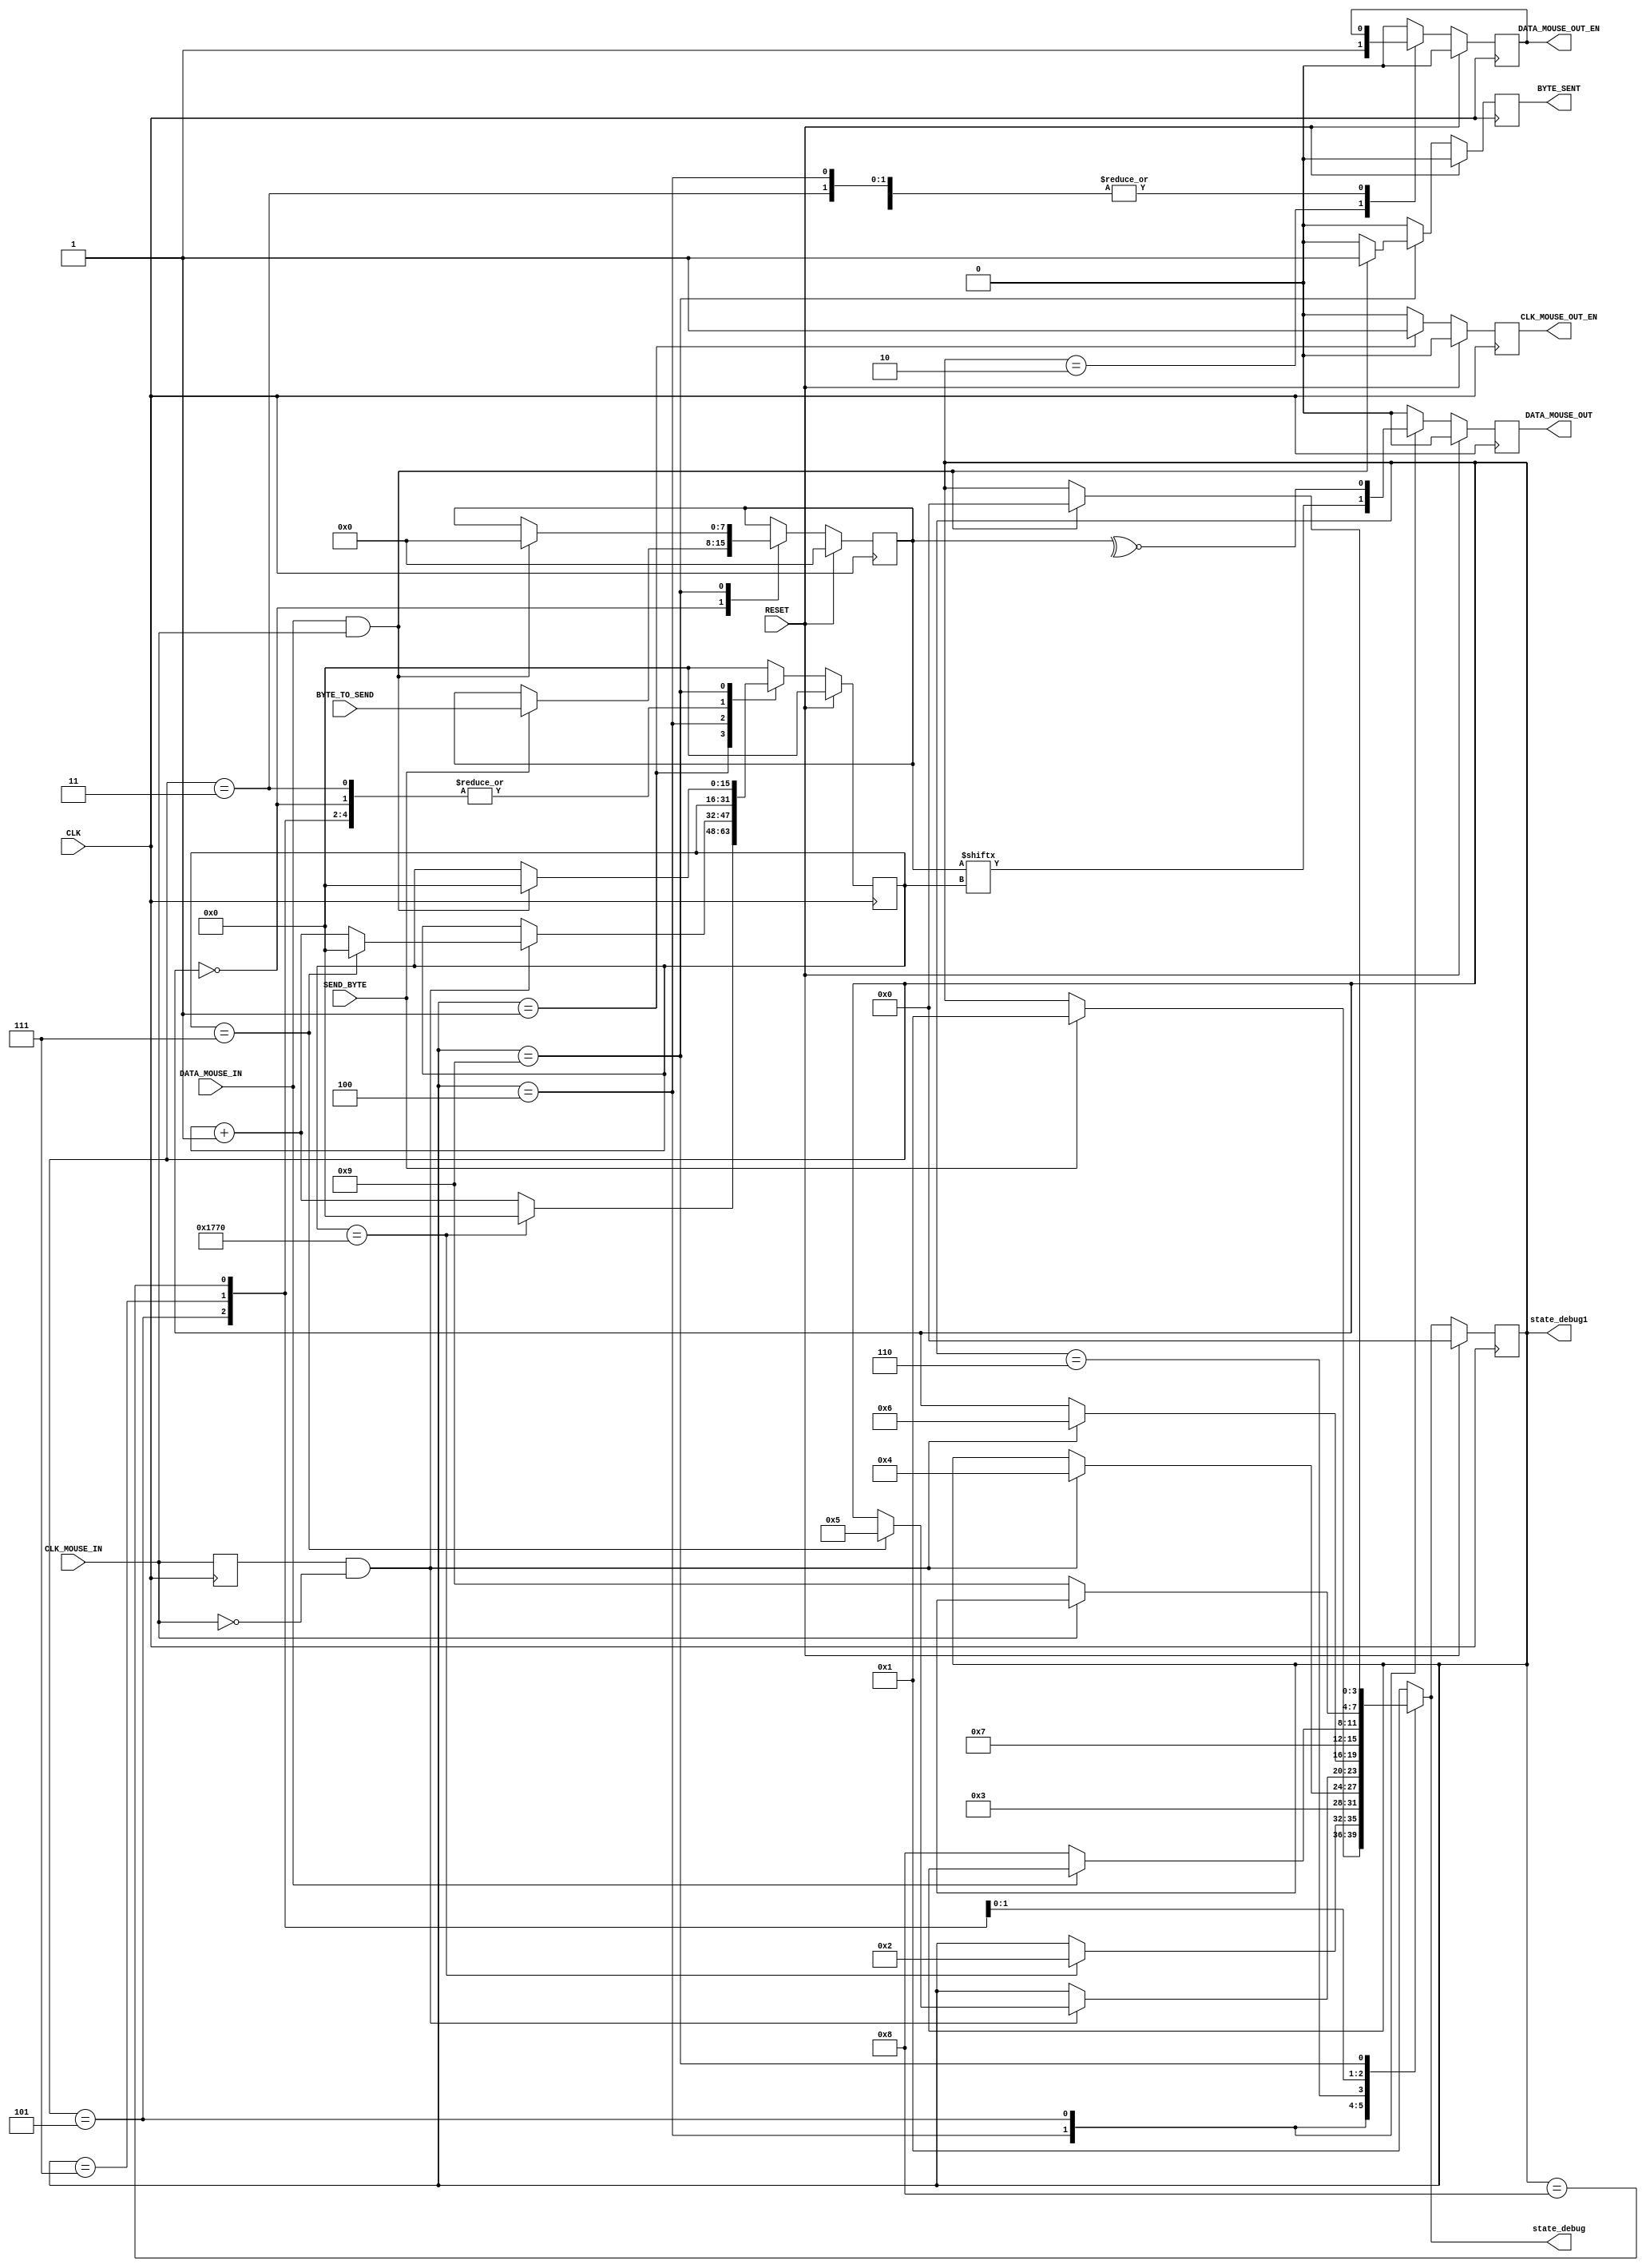
`timescale 1ns / 1ps

//////////////////////////////////////////////////////////////////////////////////
// Company: 
// Engineer: 
// 
// Design Name: 
// Module Name: MouseTransmitter
// Project Name: 
// Target Devices: 
// Tool Versions: 
// Description: 
// 
// Dependencies: 
// 
// Revision:
// Revision 0.01 - File Created
// Additional Comments:
// 
//////////////////////////////////////////////////////////////////////////////////

module MouseTransmitter(
    //Standard Inputs
    input RESET,
    input CLK,
    //Mouse IO - CLK
    input CLK_MOUSE_IN,
    output CLK_MOUSE_OUT_EN, // Allows for the control of the Clock line
    //Mouse IO - DATA
    input DATA_MOUSE_IN,
    output DATA_MOUSE_OUT,
    output DATA_MOUSE_OUT_EN,
    //Control
    input SEND_BYTE,
    input [7:0] BYTE_TO_SEND,
    output BYTE_SENT,
    output [3:0] state_debug,
    output [3:0] state_debug1
);
    
//////////////////////////////////////////////////////////
// Clk Mouse delayed to detect clock edges 
reg ClkMouseInDly;
always@(posedge CLK)
    ClkMouseInDly <= CLK_MOUSE_IN;
    
//////////////////////////////////////////////////////////
//Now a state machine to control the flow of write data
reg [3:0] Curr_State, Next_State;
reg Curr_MouseClkOutWE, Next_MouseClkOutWE;
reg Curr_MouseDataOut, Next_MouseDataOut;
reg Curr_MouseDataOutWE, Next_MouseDataOutWE;
reg [15:0] Curr_SendCounter, Next_SendCounter;
reg Curr_ByteSent, Next_ByteSent;
reg [7:0] Curr_ByteToSend, Next_ByteToSend;

//Sequential
always@(posedge CLK) begin
    if(RESET) begin
        Curr_State <= 4'h0;
        Curr_MouseClkOutWE <= 1'b0;
        Curr_MouseDataOut <= 1'b0;
        Curr_MouseDataOutWE <= 1'b0;
        Curr_SendCounter <= 0;
        Curr_ByteSent <= 1'b0;
        Curr_ByteToSend <= 0;
    end else begin
        Curr_State <= Next_State;
        Curr_MouseClkOutWE <= Next_MouseClkOutWE;
        Curr_MouseDataOut <= Next_MouseDataOut;
        Curr_MouseDataOutWE <= Next_MouseDataOutWE;
        Curr_SendCounter <= Next_SendCounter;
        Curr_ByteSent <= Next_ByteSent;
        Curr_ByteToSend <= Next_ByteToSend;
    end
end

//Combinatorial
always@* begin
    //default values
    Next_State = Curr_State;
    Next_MouseClkOutWE = 1'b0;
    Next_MouseDataOut = 1'b0;
    Next_MouseDataOutWE = Curr_MouseDataOutWE;
    Next_SendCounter = Curr_SendCounter;
    Next_ByteSent = 1'b0;
    Next_ByteToSend = Curr_ByteToSend;
   
    case(Curr_State)
        //IDLE
        4'h0 : begin
            if (SEND_BYTE) begin 
                Next_State = 4'h1;
                Next_ByteToSend = BYTE_TO_SEND;
            end
            Next_MouseDataOutWE = 1'b0;
        end
        
        //Bring Clock line low for at least 100 microsecs i.e. 5000 clock cycles @ 50MHz
        4'h1 : begin // 6000
            if(Curr_SendCounter == 6000) begin
                Next_State = 4'h2;
                Next_SendCounter = 0;
            end else
                Next_SendCounter = Curr_SendCounter + 1'b1; 
            Next_MouseClkOutWE = 1'b1;
        end
        
        //Bring the Data Line Low and release the Clock line
        4'h2 : begin
            Next_State = 4'h3;
            Next_MouseDataOutWE = 1'b1; 
        end
        
        //Start Sending
        4'h3 : begin // change data at falling edge of clock, start bit = 0
            if(ClkMouseInDly & ~CLK_MOUSE_IN) 
                Next_State = 4'h4;
        end
        
        //Send Bits 0 to 7 - We need to send the byte
        4'h4 : begin // change data at falling edge of clock
            if(ClkMouseInDly & ~CLK_MOUSE_IN) begin
                if(Curr_SendCounter == 7) begin
                    Next_State = 4'h5;
                    Next_SendCounter = 0;
                end else
                    Next_SendCounter = Curr_SendCounter + 1'b1;
            end
            Next_MouseDataOut = Curr_ByteToSend[Curr_SendCounter];
        end
        
        //Send the parity bit 
        4'h5 : begin // change data at falling edge of clock
            if(ClkMouseInDly & ~CLK_MOUSE_IN)
                Next_State = 4'h6;
            Next_MouseDataOut = ~^Curr_ByteToSend[7:0];
        end
        
        //Release Data line
        4'h6 : begin
            Next_State = 4'h7;
            Next_MouseDataOutWE = 1'b0; 
        end
        
        /*
        Wait for Device to bring Data line low, then wait for Device to bring Clock line low, and finally wait for 
        Device to release both Data and Clock.
        */ 
        // Fill
        // Wait for Device to bring Data line low
        4'h7 : begin
            if(~DATA_MOUSE_IN) begin
                Next_State = 4'h8;
            end
        end
        
        // Wait for Device to bring Clock line low
        4'h8 : begin
            if(~CLK_MOUSE_IN) begin
                Next_State = 4'h9;
            end
        end
        
        // Wait for Device to release both Data and Clock
        4'h9 : begin
            if(DATA_MOUSE_IN && CLK_MOUSE_IN) begin
                Next_State = 4'h0; // Moving to the next state to signify byte has been sent
                Next_ByteSent = 1'b1; // Indicating that the byte has been successfully sent
                Next_SendCounter = 0; // Resetting the counter for the next operation
                Next_ByteToSend <= 0; 
            end
        end
        // 
        default : begin
            Next_State = 4'h1;
            Next_MouseDataOutWE = 1'b0;
            Next_SendCounter = 0;
        end
    endcase
end

///////////////////////////////////////////////////////////////
//Assign OUTPUTs
//Mouse IO - CLK
assign CLK_MOUSE_OUT_EN = Curr_MouseClkOutWE;
//Mouse IO - DATA
assign DATA_MOUSE_OUT = Curr_MouseDataOut;
assign DATA_MOUSE_OUT_EN = Curr_MouseDataOutWE;
//Control
assign BYTE_SENT = Curr_ByteSent;
// Debug
assign state_debug = Next_State;
assign state_debug1 = Curr_State;
endmodule